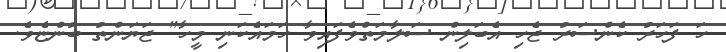
ހަ ފަހަރު ކެންސަރު ޖެހި އެބަލިން ސަލާމަތްވެފައިވާ ހަމައެކަނި މީހާ" ޖަޔަންތު ބުންޏެވެ.